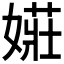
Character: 𫱡